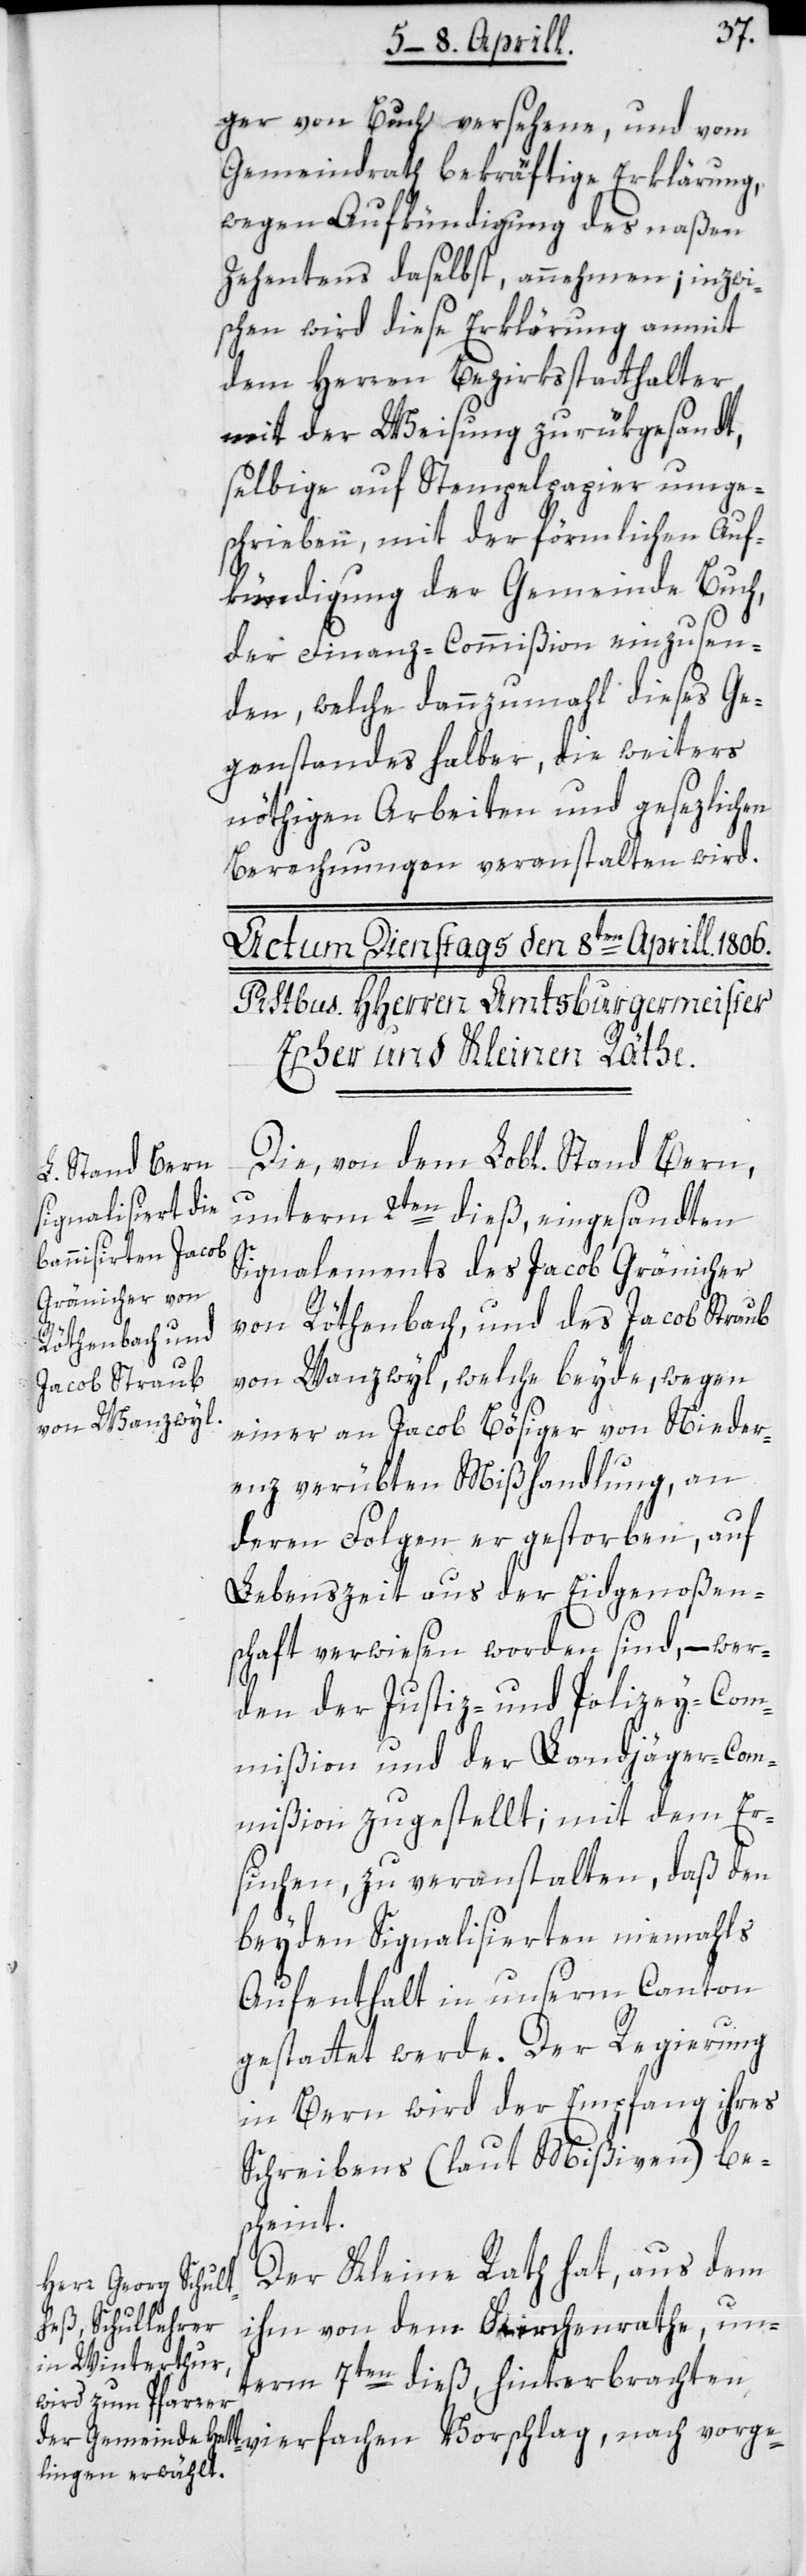
ger von Buch versehene, und vom
Gemeindrath bekräftigte Erklärung,
wegen Aufkündigung des naßen
Zehentens daselbst, annehmen; inzwi¬
schen wird diese Erklärung anmit
dem Herren Bezirksstatthalter
mit der Weisung zurükgesandt,
selbige auf Stempelpapier umge¬
schrieben, mit der förmlichen Auf¬
kündigung der Gemeinde Buch,
der Finanz-Commißion einzusen¬
den, welche dannzumahl dieses Ge¬
genstandes halber, die weiters
nöthigen Arbeiten und gesezlichen
Berechnungen veranstalten wird.
Die von dem Lobl. Stand Bern,
unterm 2ten dieß, eingesandten
Signalements des Jacob Gränicher
von Röthenbach, und des Jacob Straub
von Wanzwyl, welche beyde, wegen
einer an Jacob Bösiger von Nieder¬
enz verübten Mißhandlung, an
deren Folgen er gestorben, auf
Lebenszeit aus der Eidgenoßen¬
schaft verwiesen worden sind, – wer¬
den der Justiz- und Polizey-Com¬
mißion und der Landjäger-Com¬
mißion zugestellt; mit dem Er¬
suchen, zu veranstalten, daß den
beyden Signalisierten niemahls
Aufenthalt in unserm Canton
gestattet werde. Der Regierung
in Bern wird der Empfang ihres
Schreibens (laut Mißiven) be¬
scheint.
Der Kleine Rath hat, aus dem
ihm von dem Kirchenrathe un¬
term 7ten dieß, hinterbrachten
vierfachen Vorschlag, nach vorge-